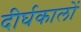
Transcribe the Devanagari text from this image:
दीर्घकालों